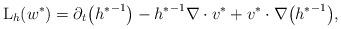
LaTeX: \begin{align*}\mathrm{L}_{h}(w^*)=\partial_{t}\big({h^*}^{-1}\big) -{h^*}^{-1}\nabla\cdot v^* + v^*\cdot\nabla\big({h^*}^{-1}\big),\end{align*}